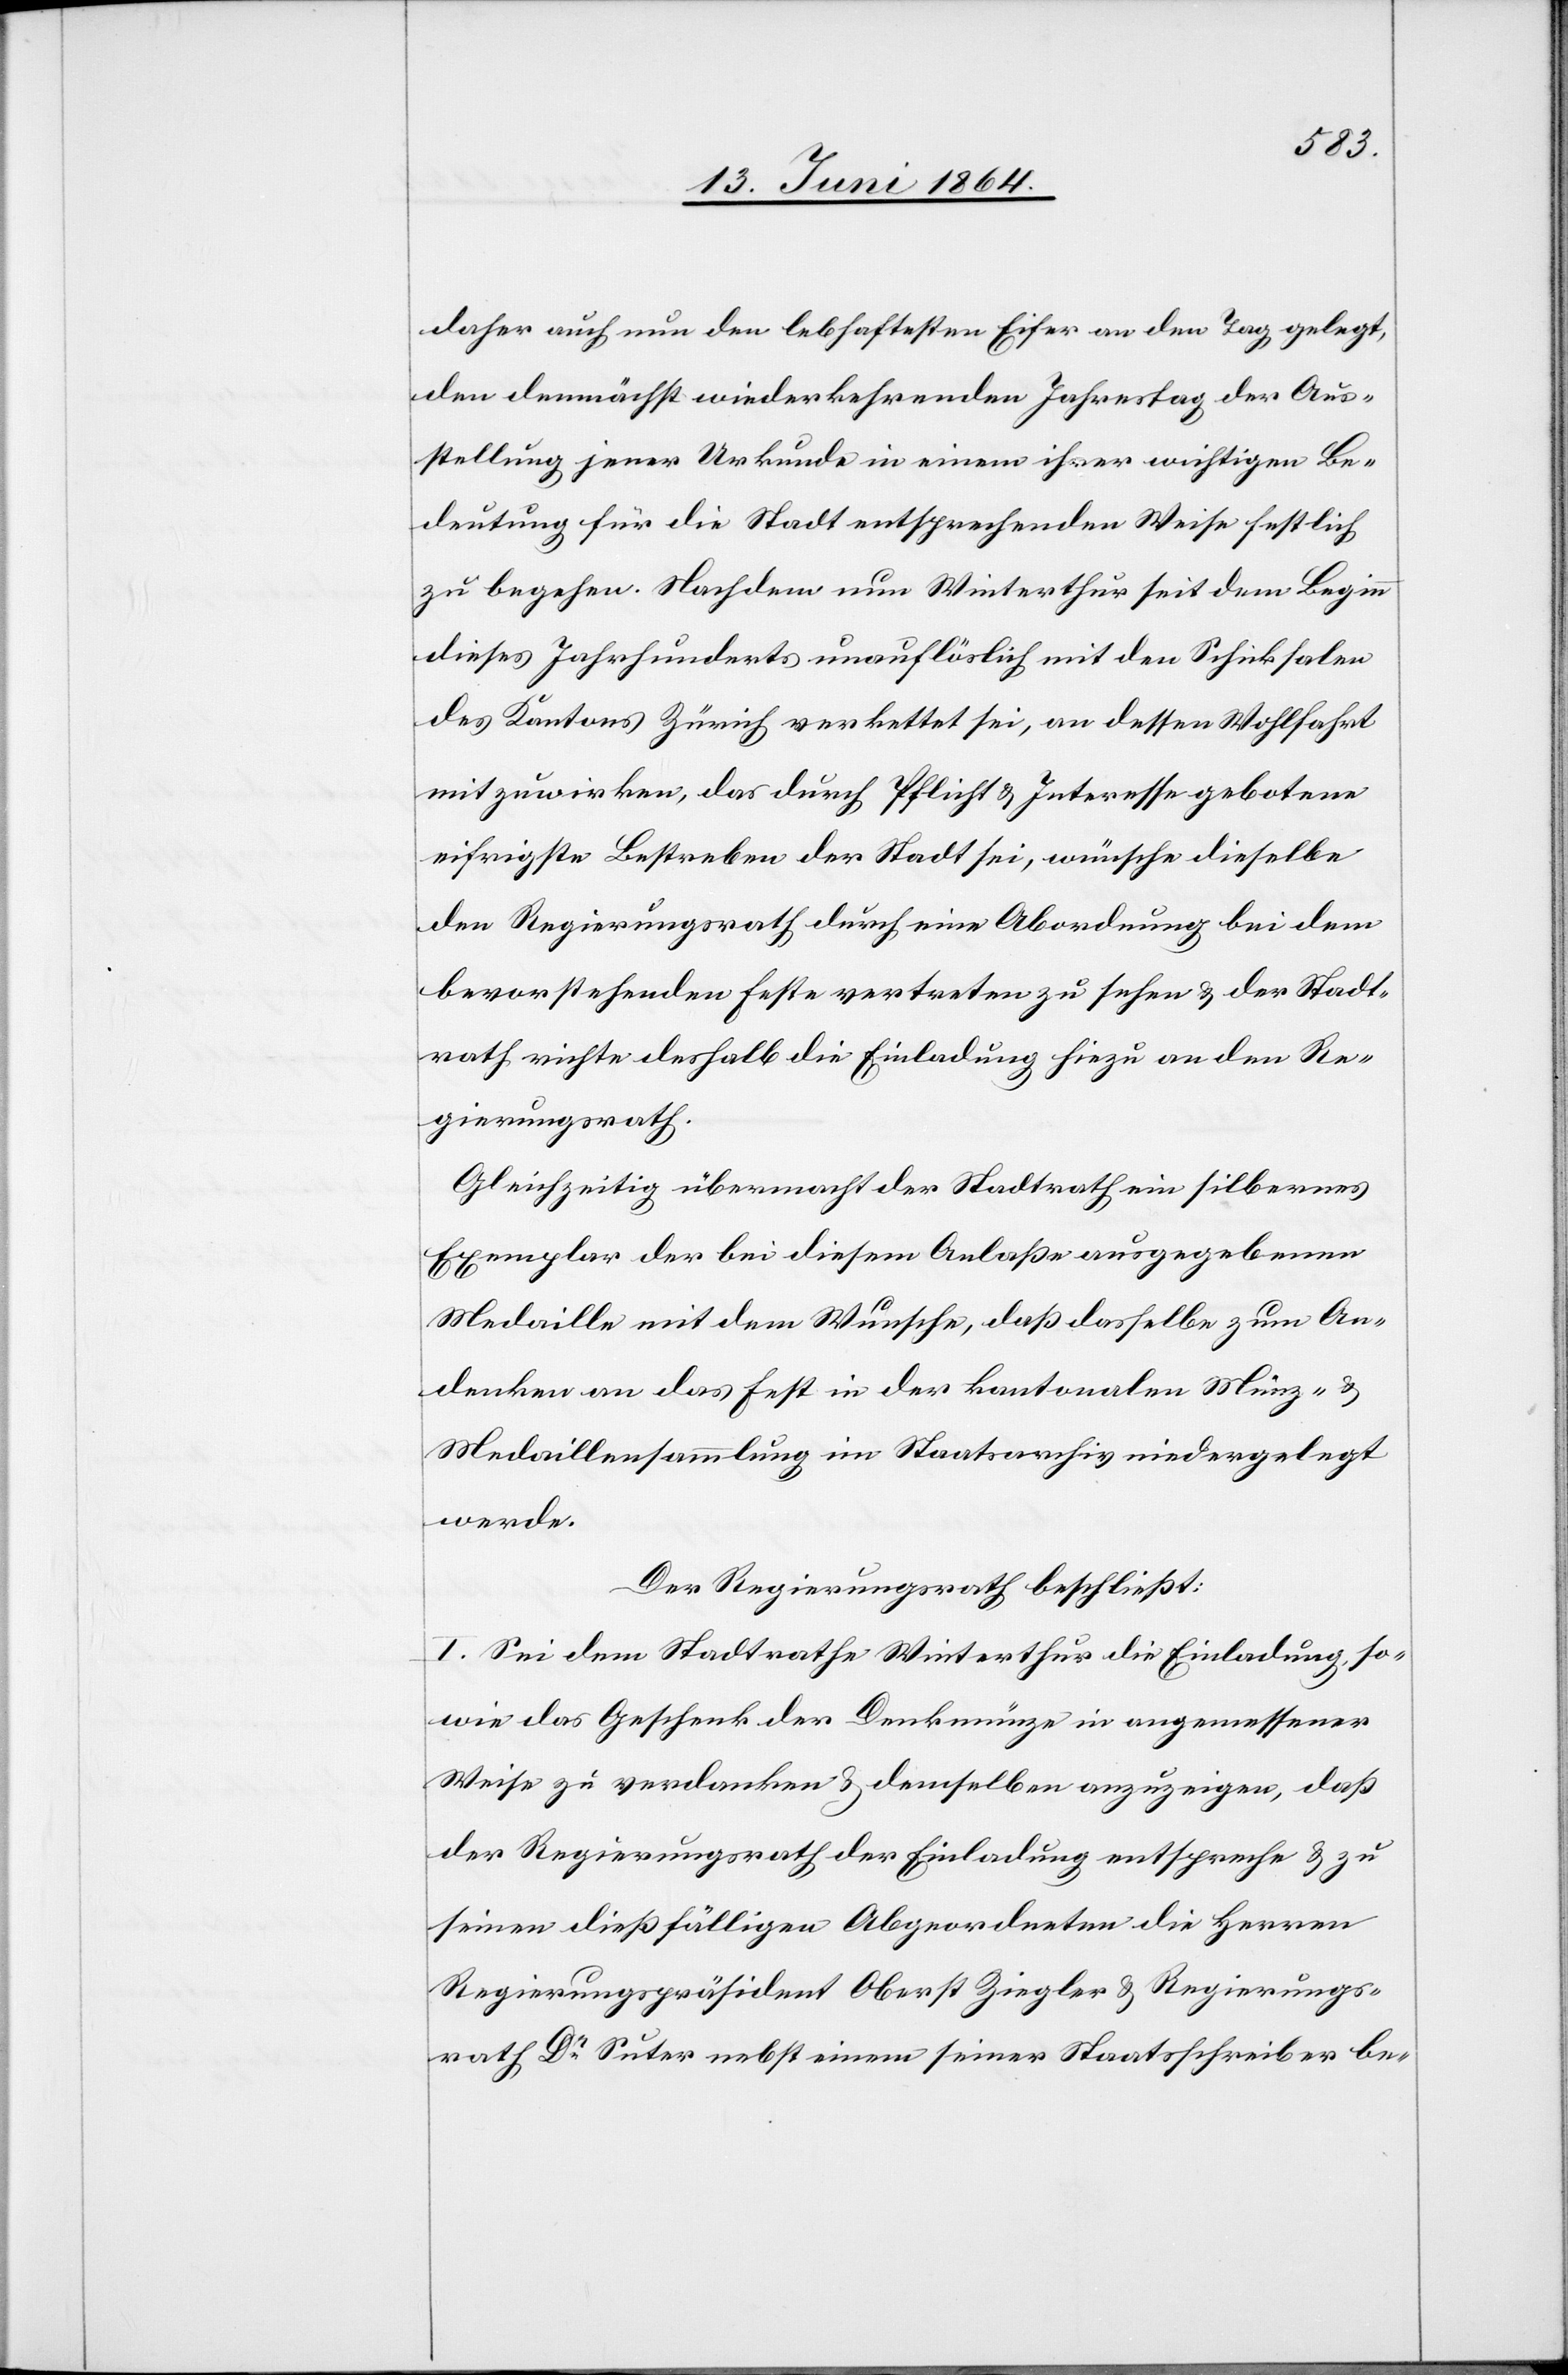
daher auch nun den lebhaftesten Eifer an den Tag gelegt,
den demnächst wiederkehrenden Jahrestag der Aus¬
stellung jener Urkunde in einem [sic!] ihrer wichtigen Be¬
deutung für die Stadt entsprechenden Weise festlich
zu begehen. Nachdem nun Winterthur seit dem Beginn
dieses Jahrhunderts unauflöslich mit den Schicksalen
des Kantons Zürich verkettet sei, an dessen Wohlfahrt
mitzuwirken, das durch Pflicht u. Interesse gebotene
eifrigste Bestreben der Stadt sei, wünsche dieselbe
den Regierungsrath durch eine Abordnung bei dem
bevorstehenden Feste vertreten zu sehen u. der Stadt¬
rath richte deshalb die Einladung hierzu an den Re¬
gierungsrath.
Gleichzeitig übermacht der Stadtrath ein silbernes
Exemplar der bei diesem Anlaße ausgegebenen
Medaille mit dem Wunsche, daß dasselbe zum An¬
denken an das Fest in der kantonalen Münz- u.
Medaillensammlung im Staatsarchiv niedergelegt
werde.
Der Regierungsrath beschließt:
I. Sei dem Stadtrathe Winterthur die Einladung, so¬
wie das Geschenk der Denkmünze in angemessener
Weise zu verdanken u. demselben anzuzeigen, daß
der Regierungsrath der Einladung entspreche u. zu
seinen dießfälligen Abgeordneten die Herren
Regierungspräsident Oberst Ziegler u. Regierungs¬
rath Dr Suter nebst einem seiner Staatsschreiber be-